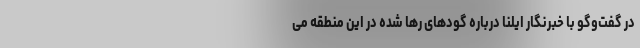
در گفت‌وگو با خبرنگار ایلنا درباره گودهای رها شده در این منطقه می